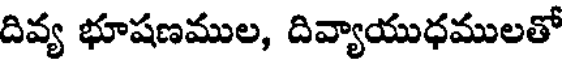
దివ్య భూషణముల, దివ్యాయుధములతో